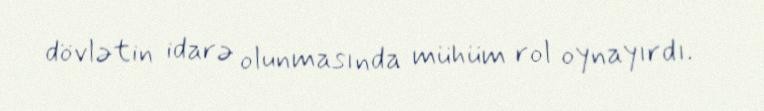
dövlətin idarə olunmasında mühüm rol oynayırdı.